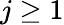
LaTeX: j\ge 1